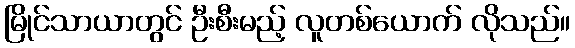
မြိုင်သာယာတွင် ဦးစီးမည့် လူတစ်ယောက် လိုသည်။